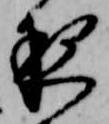
夜